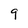
Character: 9